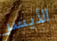
الأيسر